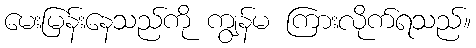
မေးမြန်းနေသည်ကို ကျွန်မ ကြားလိုက်ရသည်။